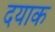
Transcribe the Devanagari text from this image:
दयाक